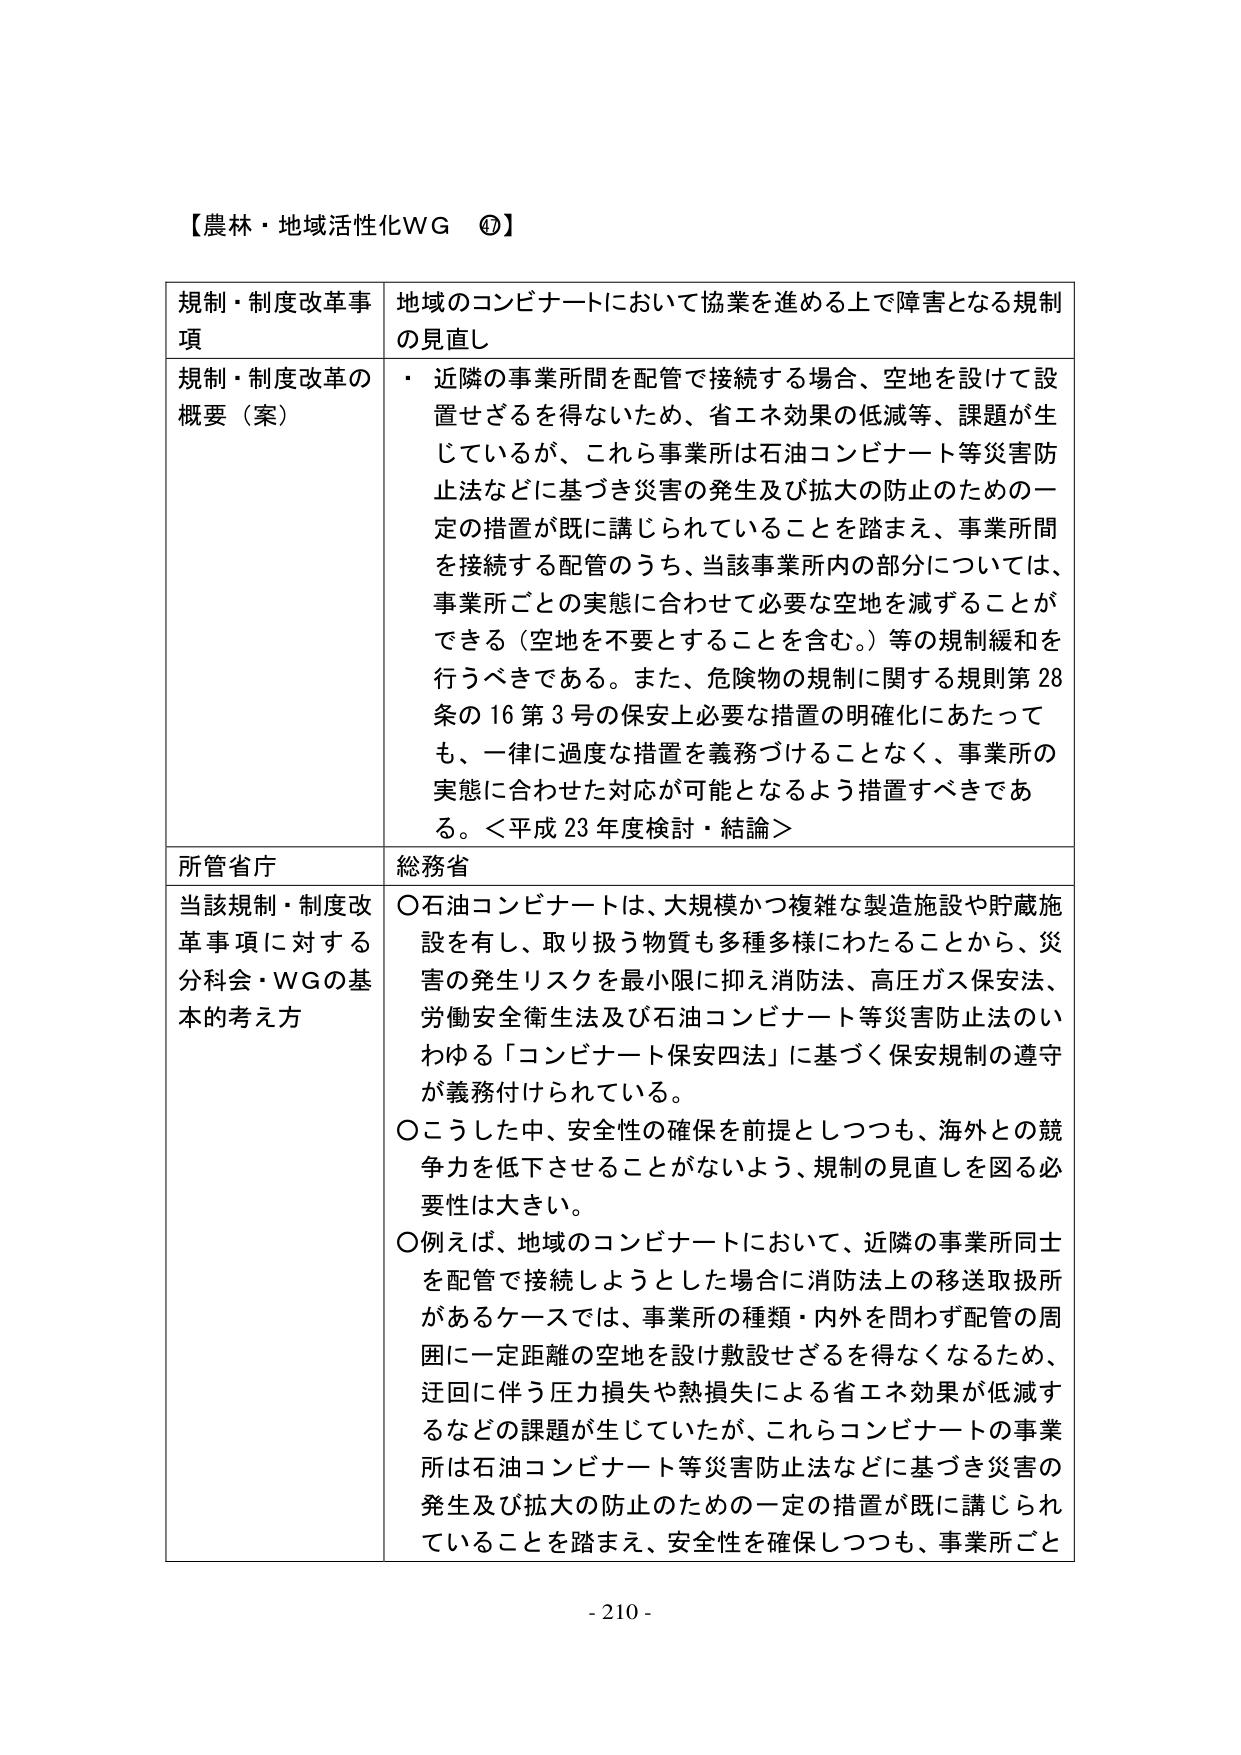
【農林・地域活性化WG ④】

規制・制度改革事項　地域のコンビナートにおいて協業を進める上で障害となる規制の見直し

規制・制度改革の概要（案）　・ 近隣の事業所間を配管で接続する場合、空地を設けて設置せざるを得ないため、省エネ効果の低減等、課題が生じているが、これら事業所は石油コンビナート等災害防止法などに基づき災害の発生及び拡大の防止のための一定の措置が既に講じられていることを踏まえ、事業所間を接続する配管のうち、当該事業所内の部分については、事業所ごとの実態に合わせて必要な空地を減ずることが可能（空地を不要とすることを含む。）等の規制緩和を行うべきである。また、危険物の規制に関する規則第28条の16第3号の保安上必要な措置の明確化にあたっても、一律に過度な措置を義務づけることなく、事業所の実態に合わせた対応が可能となるよう措置すべきである。＜平成23年度検討・結論＞

所管省庁　総務省

当該規制・制度改革事項に対する分科会・WGの基本的考え方　○石油コンビナートは、大規模かつ複雑な製造施設や貯蔵施設を有し、取り扱う物質も多種多様にわたることから、災害の発生リスクを最小限に抑え消防法、高圧ガス保安法、労働安全衛生法及び石油コンビナート等災害防止法のいわゆる「コンビナート保安四法」に基づく保安規制の遵守が義務付けられている。○こうした中、安全性の確保を前提としつつも、海外との競争力を低下させことがないよう、規制の見直しを図る必要性は大きい。○例えば、地域のコンビナートにおいて、近隣の事業所同士を配管で接続しようとした場合に消防法上の移送取扱所があるケースでは、事業所の種類・内外を問わず配管の周囲に一定距離の空地を設け敷設せざるを得なくなるため、迂回に伴う圧力損失や熱損失による省エネ効果が低減するなどの課題が生じていたが、これらコンビナートの事業所は石油コンビナート等災害防止法などに基づき災害の発生及び拡大の防止のための一定の措置が既に講じられていることを踏まえ、安全性を確保しつつも、事業所ごと

- 210 -